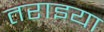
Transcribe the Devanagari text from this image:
तराइया